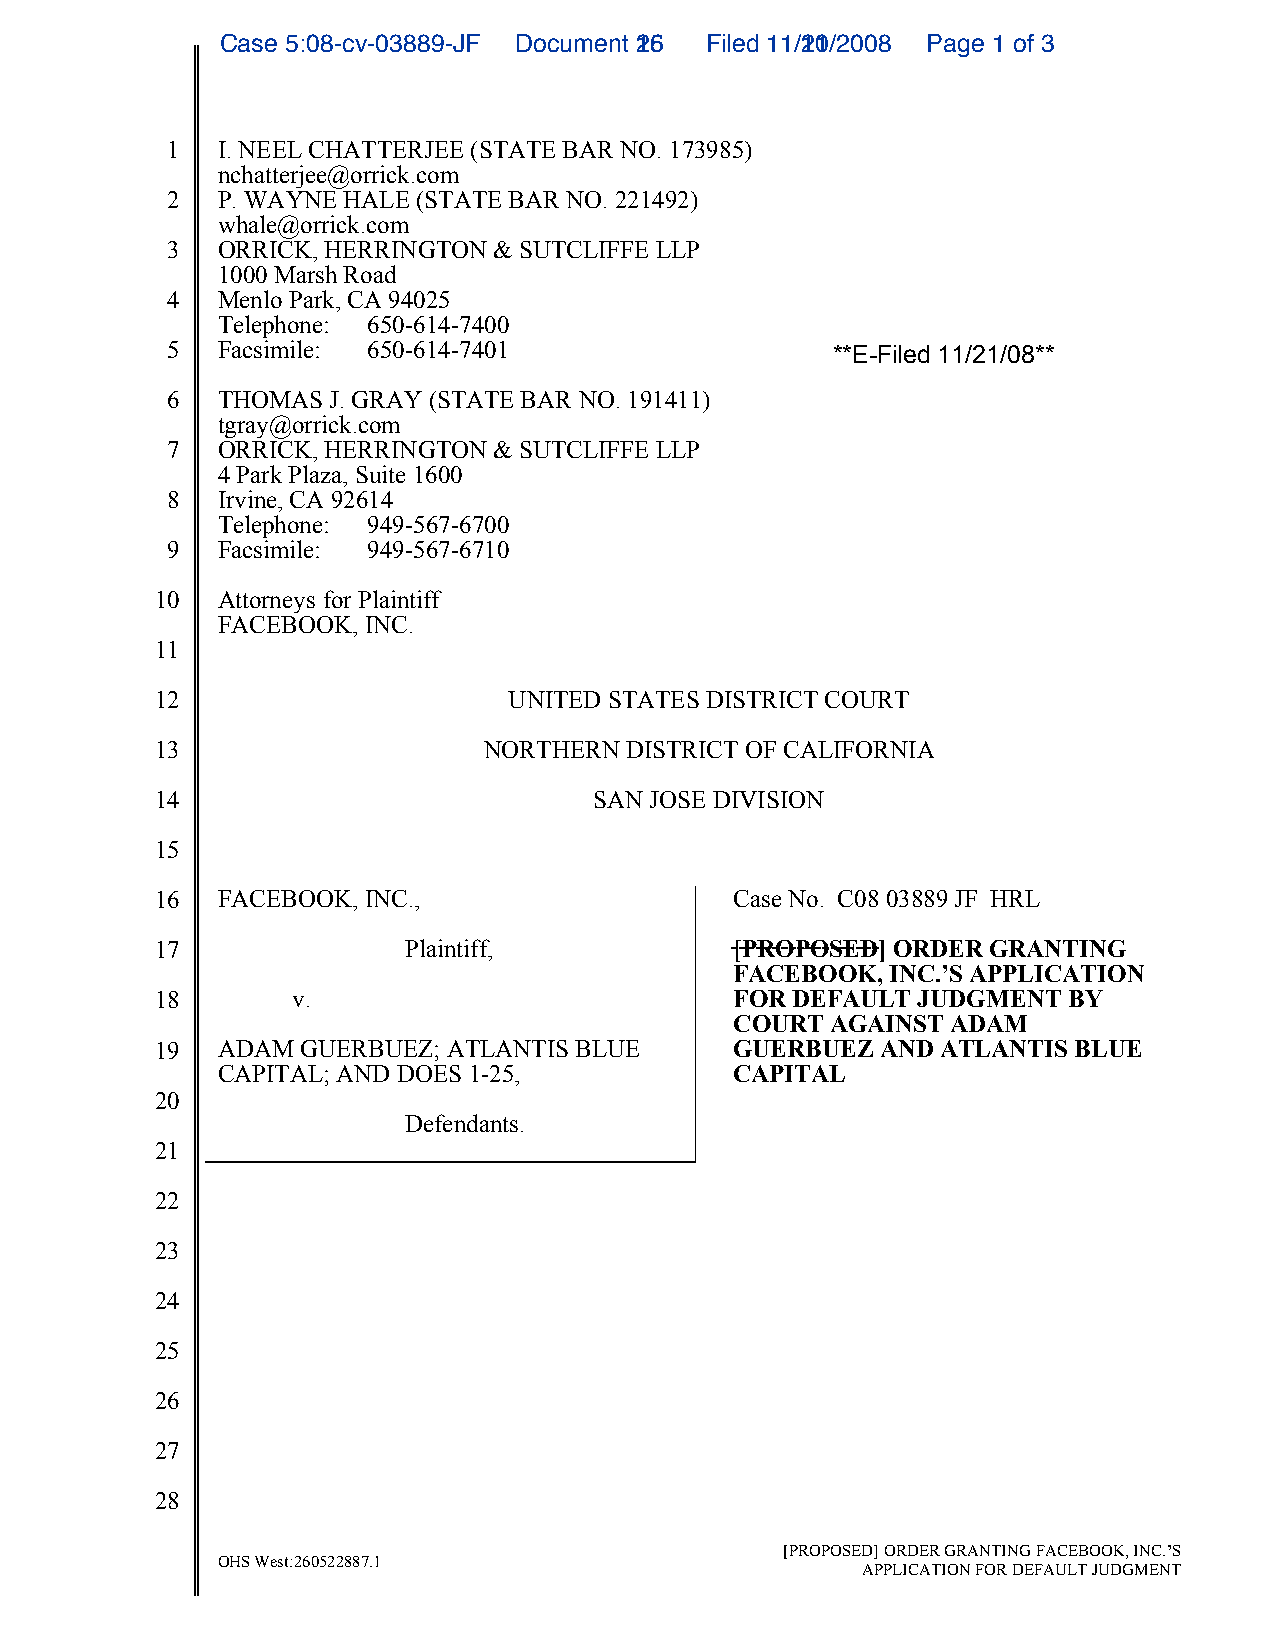
CCaassee 55::0088--ccvv--0033888899--JJFF DDooccuummeenntt 1265 FFiilleedd 1111//1201//22000088 PPaaggee 11 ooff 33
 1  I. NEEL CHATTERJEE (STATE BAR NO. 173985)
 nchatterjee@orrick.com
 2  P. WAYNE HALE (STATE BAR NO. 221492)
 whale@orrick.com
 3  ORRICK, HERRINGTON & SUTCLIFFE LLP
 1000 Marsh Road
 4  Menlo Park, CA 94025
 Telephone: 650-614-7400
 5  Facsimile: 650-614-7401                  **E-Filed 11/21/08**
 6  THOMAS  J. GRAY (STATE BAR NO. 191411)
 tgray@orrick.com
 7  ORRICK, HERRINGTON & SUTCLIFFE LLP
 4 Park Plaza, Suite 1600
 8  Irvine, CA 92614
 Telephone: 949-567-6700
 9  Facsimile: 949-567-6710
 10  Attorneys for Plaintiff
 FACEBOOK, INC.
 11
 12                      UNITED STATES DISTRICT COURT
 13                    NORTHERN DISTRICT OF CALIFORNIA
 14                           SAN JOSE DIVISION
 15
 16  FACEBOOK, INC.,                    Case No. C08 03889 JF HRL
 17               Plaintiff,           -[-P--R--O--P--O--S--E--D--] ORDER GRANTING
 FACEBOOK, INC.’S APPLICATION
 18       v.                            FOR DEFAULT JUDGMENT  BY
 COURT AGAINST ADAM
 19  ADAM  GUERBUEZ; ATLANTIS BLUE      GUERBUEZ AND ATLANTIS BLUE
 CAPITAL; AND DOES 1-25,            CAPITAL
 20
 Defendants.
 21
 22
 23
 24
 25
 26
 27
 28
 [PROPOSED] ORDER GRANTING FACEBOOK, INC.’S
 OHS West:260522887.1
 APPLICATION FOR DEFAULT JUDGMENT